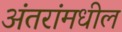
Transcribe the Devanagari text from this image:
अंतरांमधील